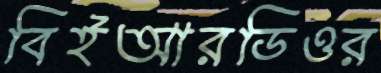
বিইআরডিওর